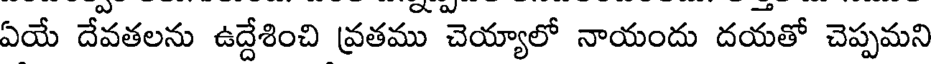
ఏయే దేవతలను ఉద్దేశించి వ్రతము చెయ్యాలో నాయందు దయతో చెప్పమని